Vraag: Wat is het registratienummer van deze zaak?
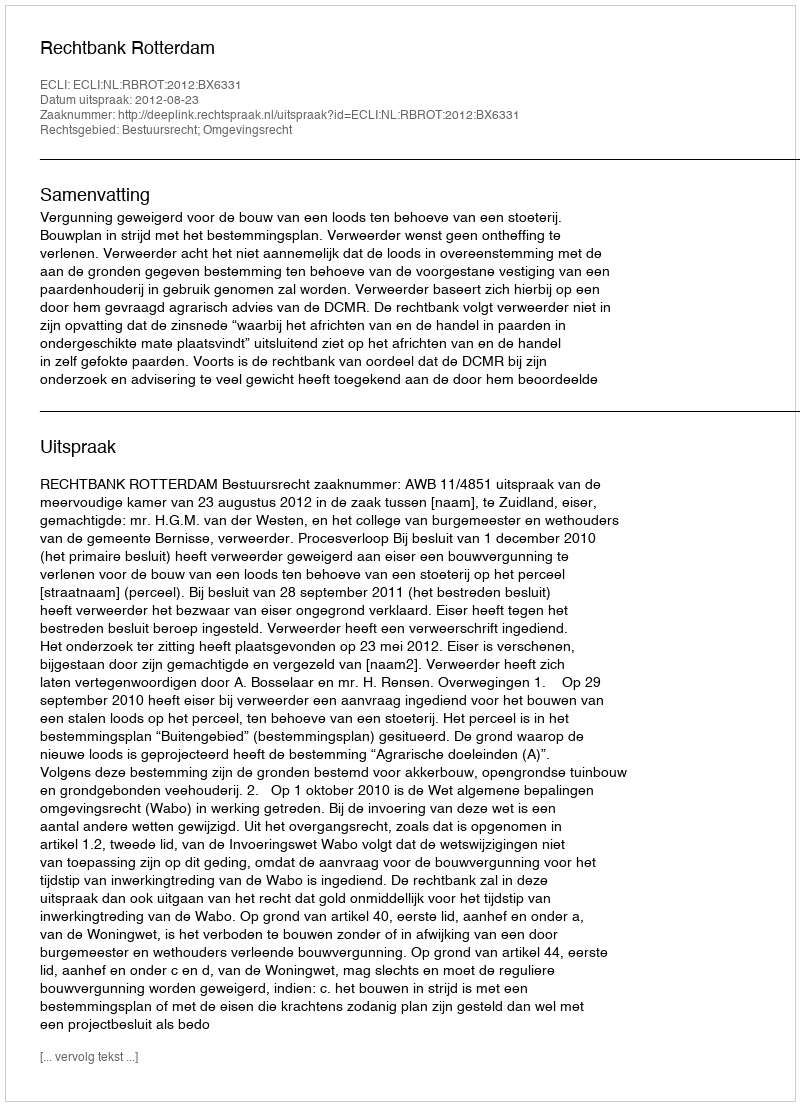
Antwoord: http://deeplink.rechtspraak.nl/uitspraak?id=ECLI:NL:RBROT:2012:BX6331